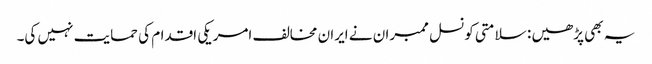
یہ بھی پڑھیں : سلامتی کونسل ممبران نے ایران مخالف امریکی اقدام کی حمایت نہیں کی۔